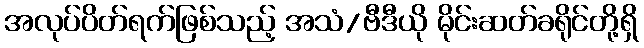
အလုပ်ပိတ်ရက်ဖြစ်သည့် အသံ/ဗီဒီယို မိုင်းဆတ်ခရိုင်တို့ရှိ